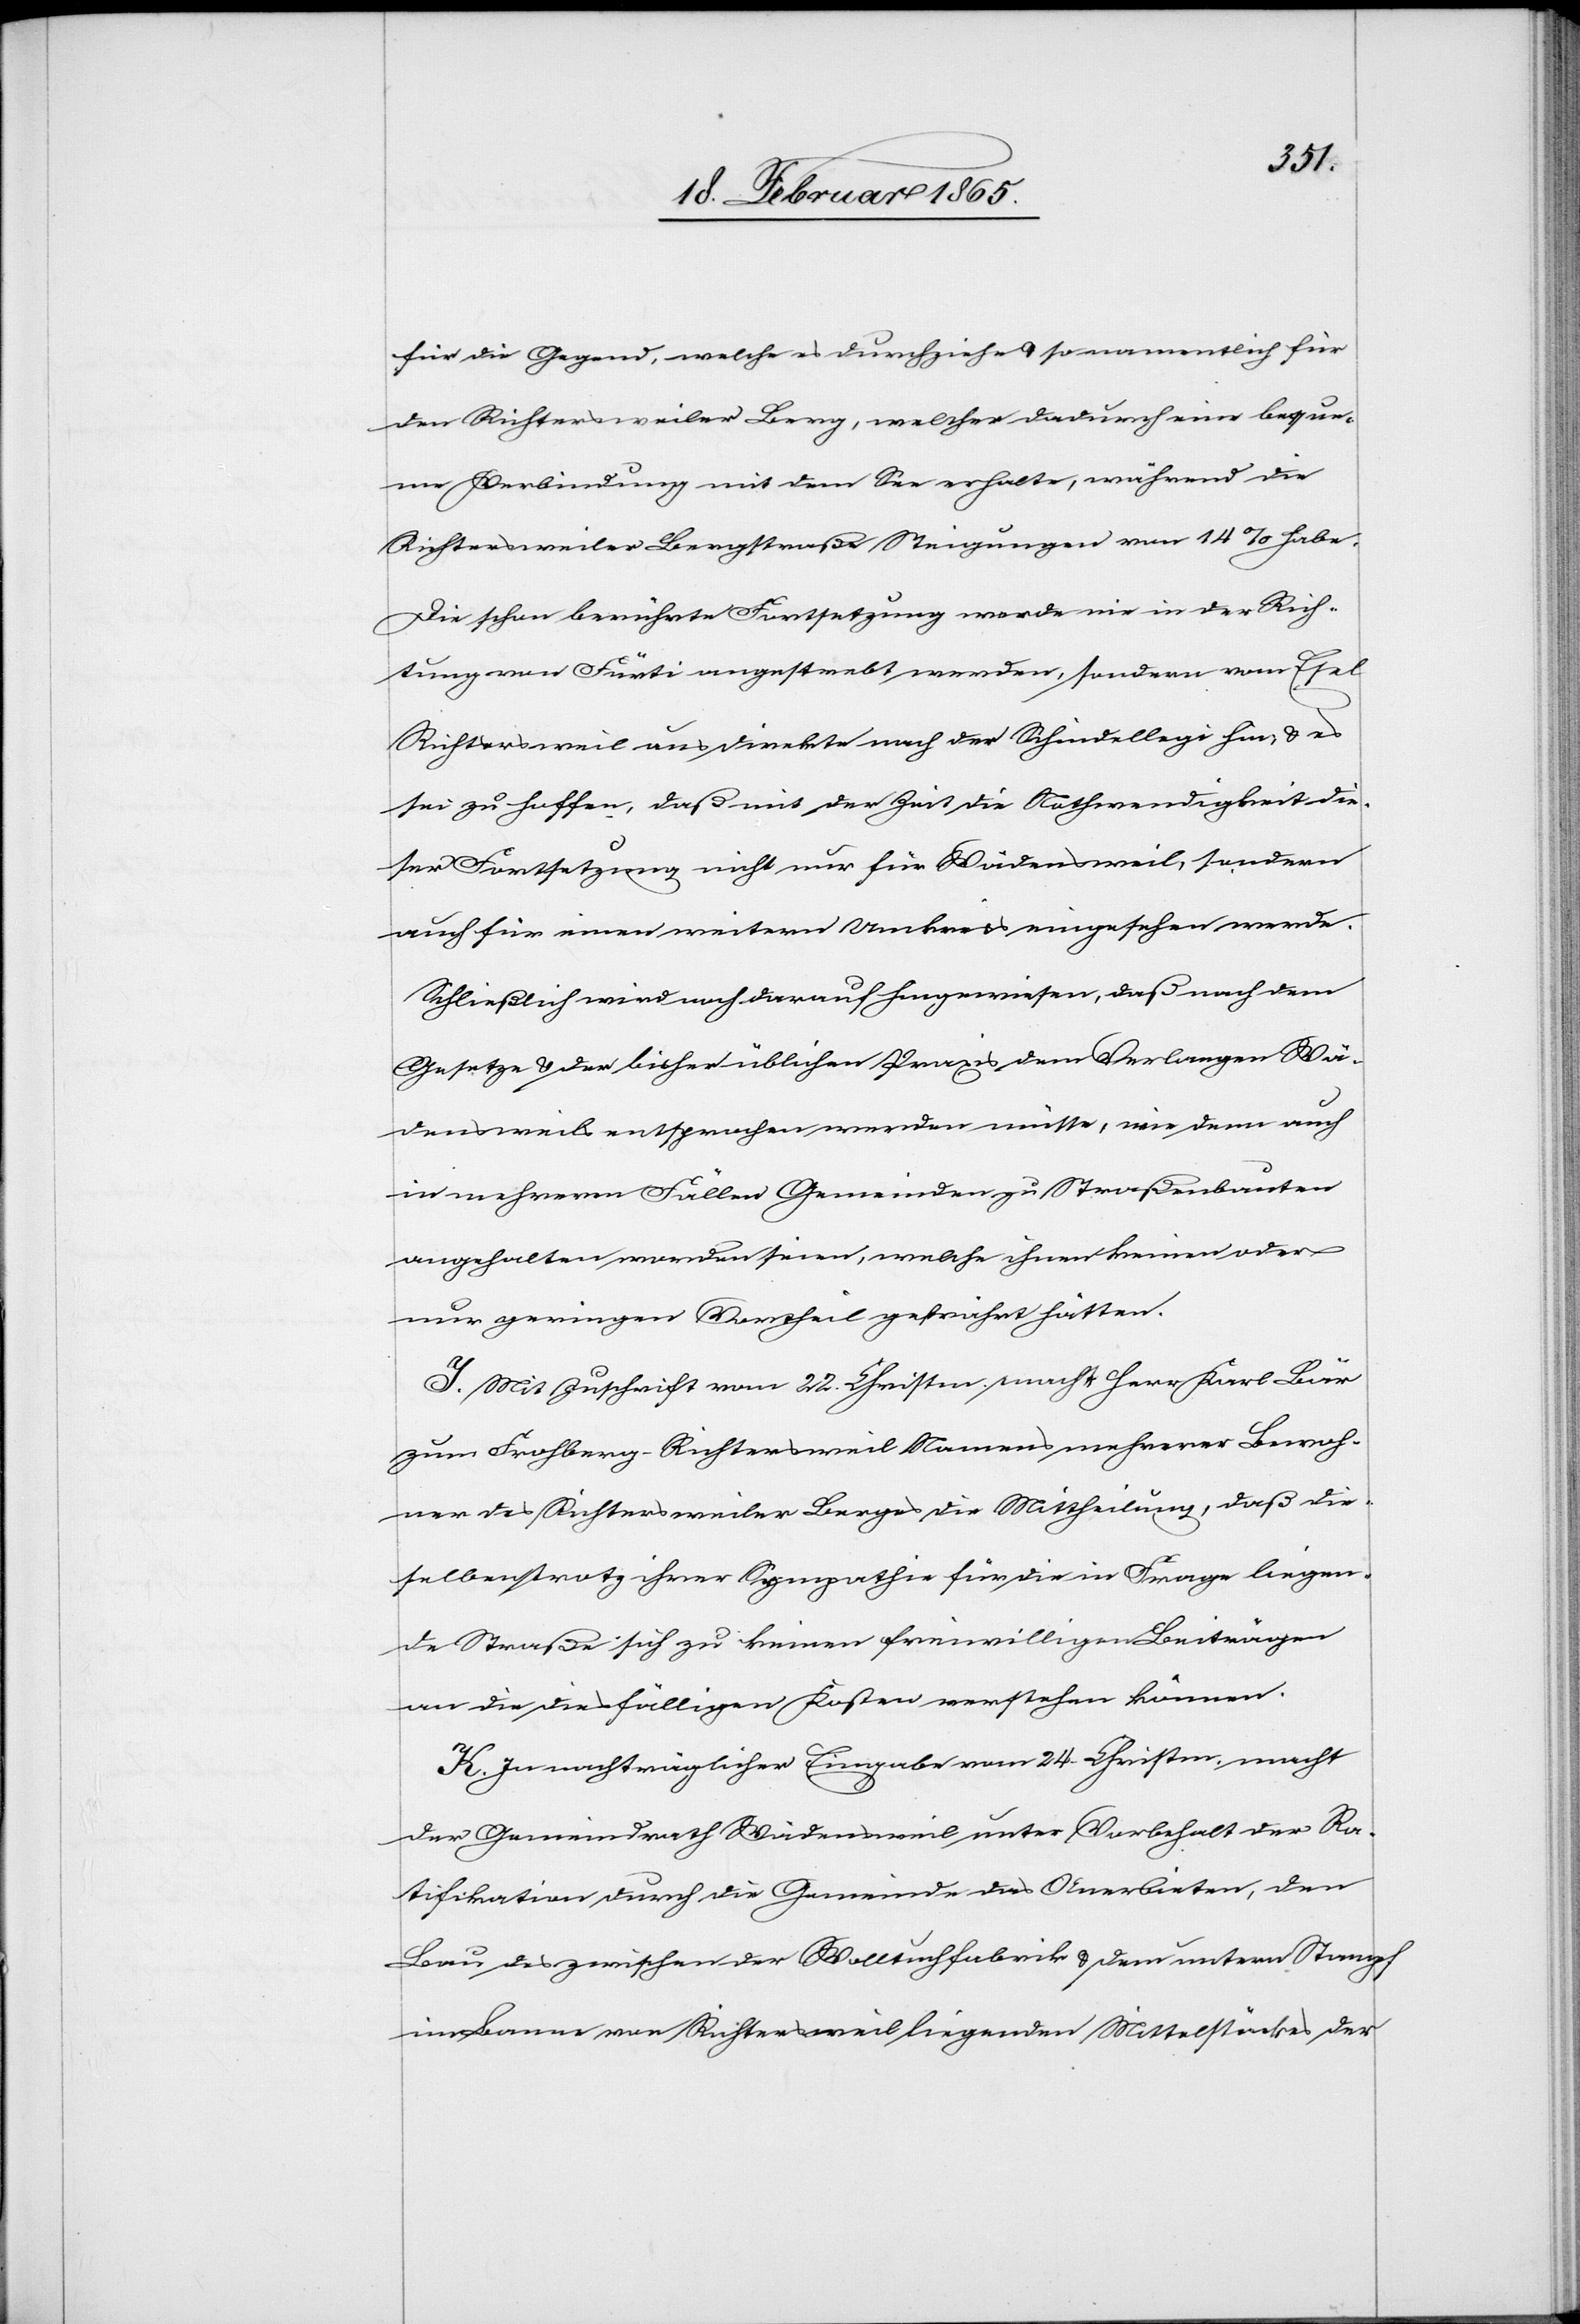
für die Gegend, welche es durchziehe u. so namentlich für
den Richtersweiler Berg, welcher dadurch eine beque¬
me Verbindung mit dem See erhalte, während die
Richtersweiler Bergstraße Steigungen von 14 % habe.
Die schon berührte Fortsetzung werde nie in der Rich¬
tung von Fürti angestrebt werden, sondern vom Esel
Richtersweil aus direkte nach der Schindellegi hin; u. es
sei zu hoffen, daß mit der Zeit die Nothwendigkeit die¬
ser Fortsetzung nicht nur für Wädensweil, sondern
auch für einen weitern Umkreis eingesehen werde.
Schließlich wird noch darauf hingewiesen, daß nach dem
Gesetze u. der bisher üblichen Praxis dem Verlangen Wä¬
densweils entsprochen werden müsse, wie denn auch
in mehreren Fällen Gemeinden zu Straßenbauten
angehalten worden seien, welche ihnen keinen oder
nur geringen Vortheil gewährt hätten.
J. Mit Zuschrift vom 22. Christm. macht Herr Karl Bär
zum Frohberg-Richtersweil Namens mehrerer Bewoh¬
ner des Richtersweiler Berges die Mittheilung, daß die¬
selben trotz ihrer Sympathie für die in Frage liegen¬
de Straße sich zu keinen freiwilligen Beiträgen
an die diesfälligen Kosten verstehen können.
K. In nachträglicher Eingabe vom 24. Christm. macht
der Gemeindrath Wädensweil unter Vorbehalt der Ra¬
tifikation durch die Gemeinde das Anerbieten, den
Bau des zwischen der Wolltuchfabrik u. dem untern Stampf
im Banne vor Richtersweil liegenden Mittelstückes der